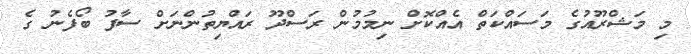
މި މަޝްރޫއުގެ މަސައްކަތް އެއްކޮށް ނިމުމުން ރަސްދޫ ރައްޔިތުންނަށް ސާފު ބޯފެނު ގެ